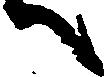
へ